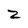
Character: 2